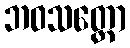
ဘဝသတ္တော